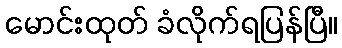
မောင်းထုတ် ခံလိုက်ရပြန်ပြီ။